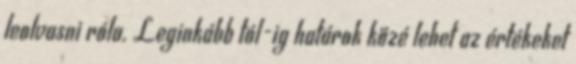
leolvasni róla. Leginkább tól-ig határok közé lehet az értékeket